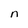
Character: n